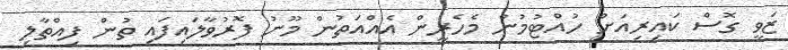
ޒަވީ ގޮސް ކައިރިއަށް ހުއްޓުމުން މެހެރީން އެއްއަތުން މޫނު ފޮރުވާލައިފައި ތުން ފިއްތާލި